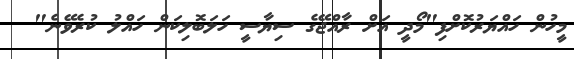
މީހުން ހައްޔަރުކޮށްފި"މޯދީ އަށް ރާއްޖޭގެ ސިޔާސީ ހަލަބޮލިކަން ހައްލު ކުރެވޭނެ"